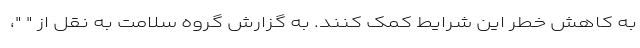
به کاهش خطر این شرایط کمک کنند. به گزارش گروه سلامت به نقل از " "،